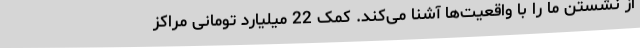
از نشستن ما را با واقعیت‌ها آشنا می‌کند. کمک 22 میلیارد تومانی مراکز